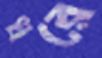
ধরে